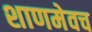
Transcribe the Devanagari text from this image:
शाणमेवच